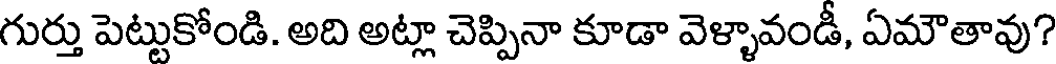
గుర్తు పెట్టుకోండి. అది అట్లా చెప్పినా కూడా వెళ్ళావండీ, ఏమౌతావు?